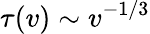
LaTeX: \tau(v)\sim v^{-1/3}